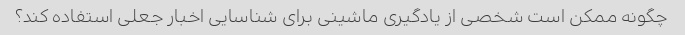
چگونه ممکن است شخصی از یادگیری ماشینی برای شناسایی اخبار جعلی استفاده کند؟